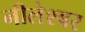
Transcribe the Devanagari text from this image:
नीलेश्बर